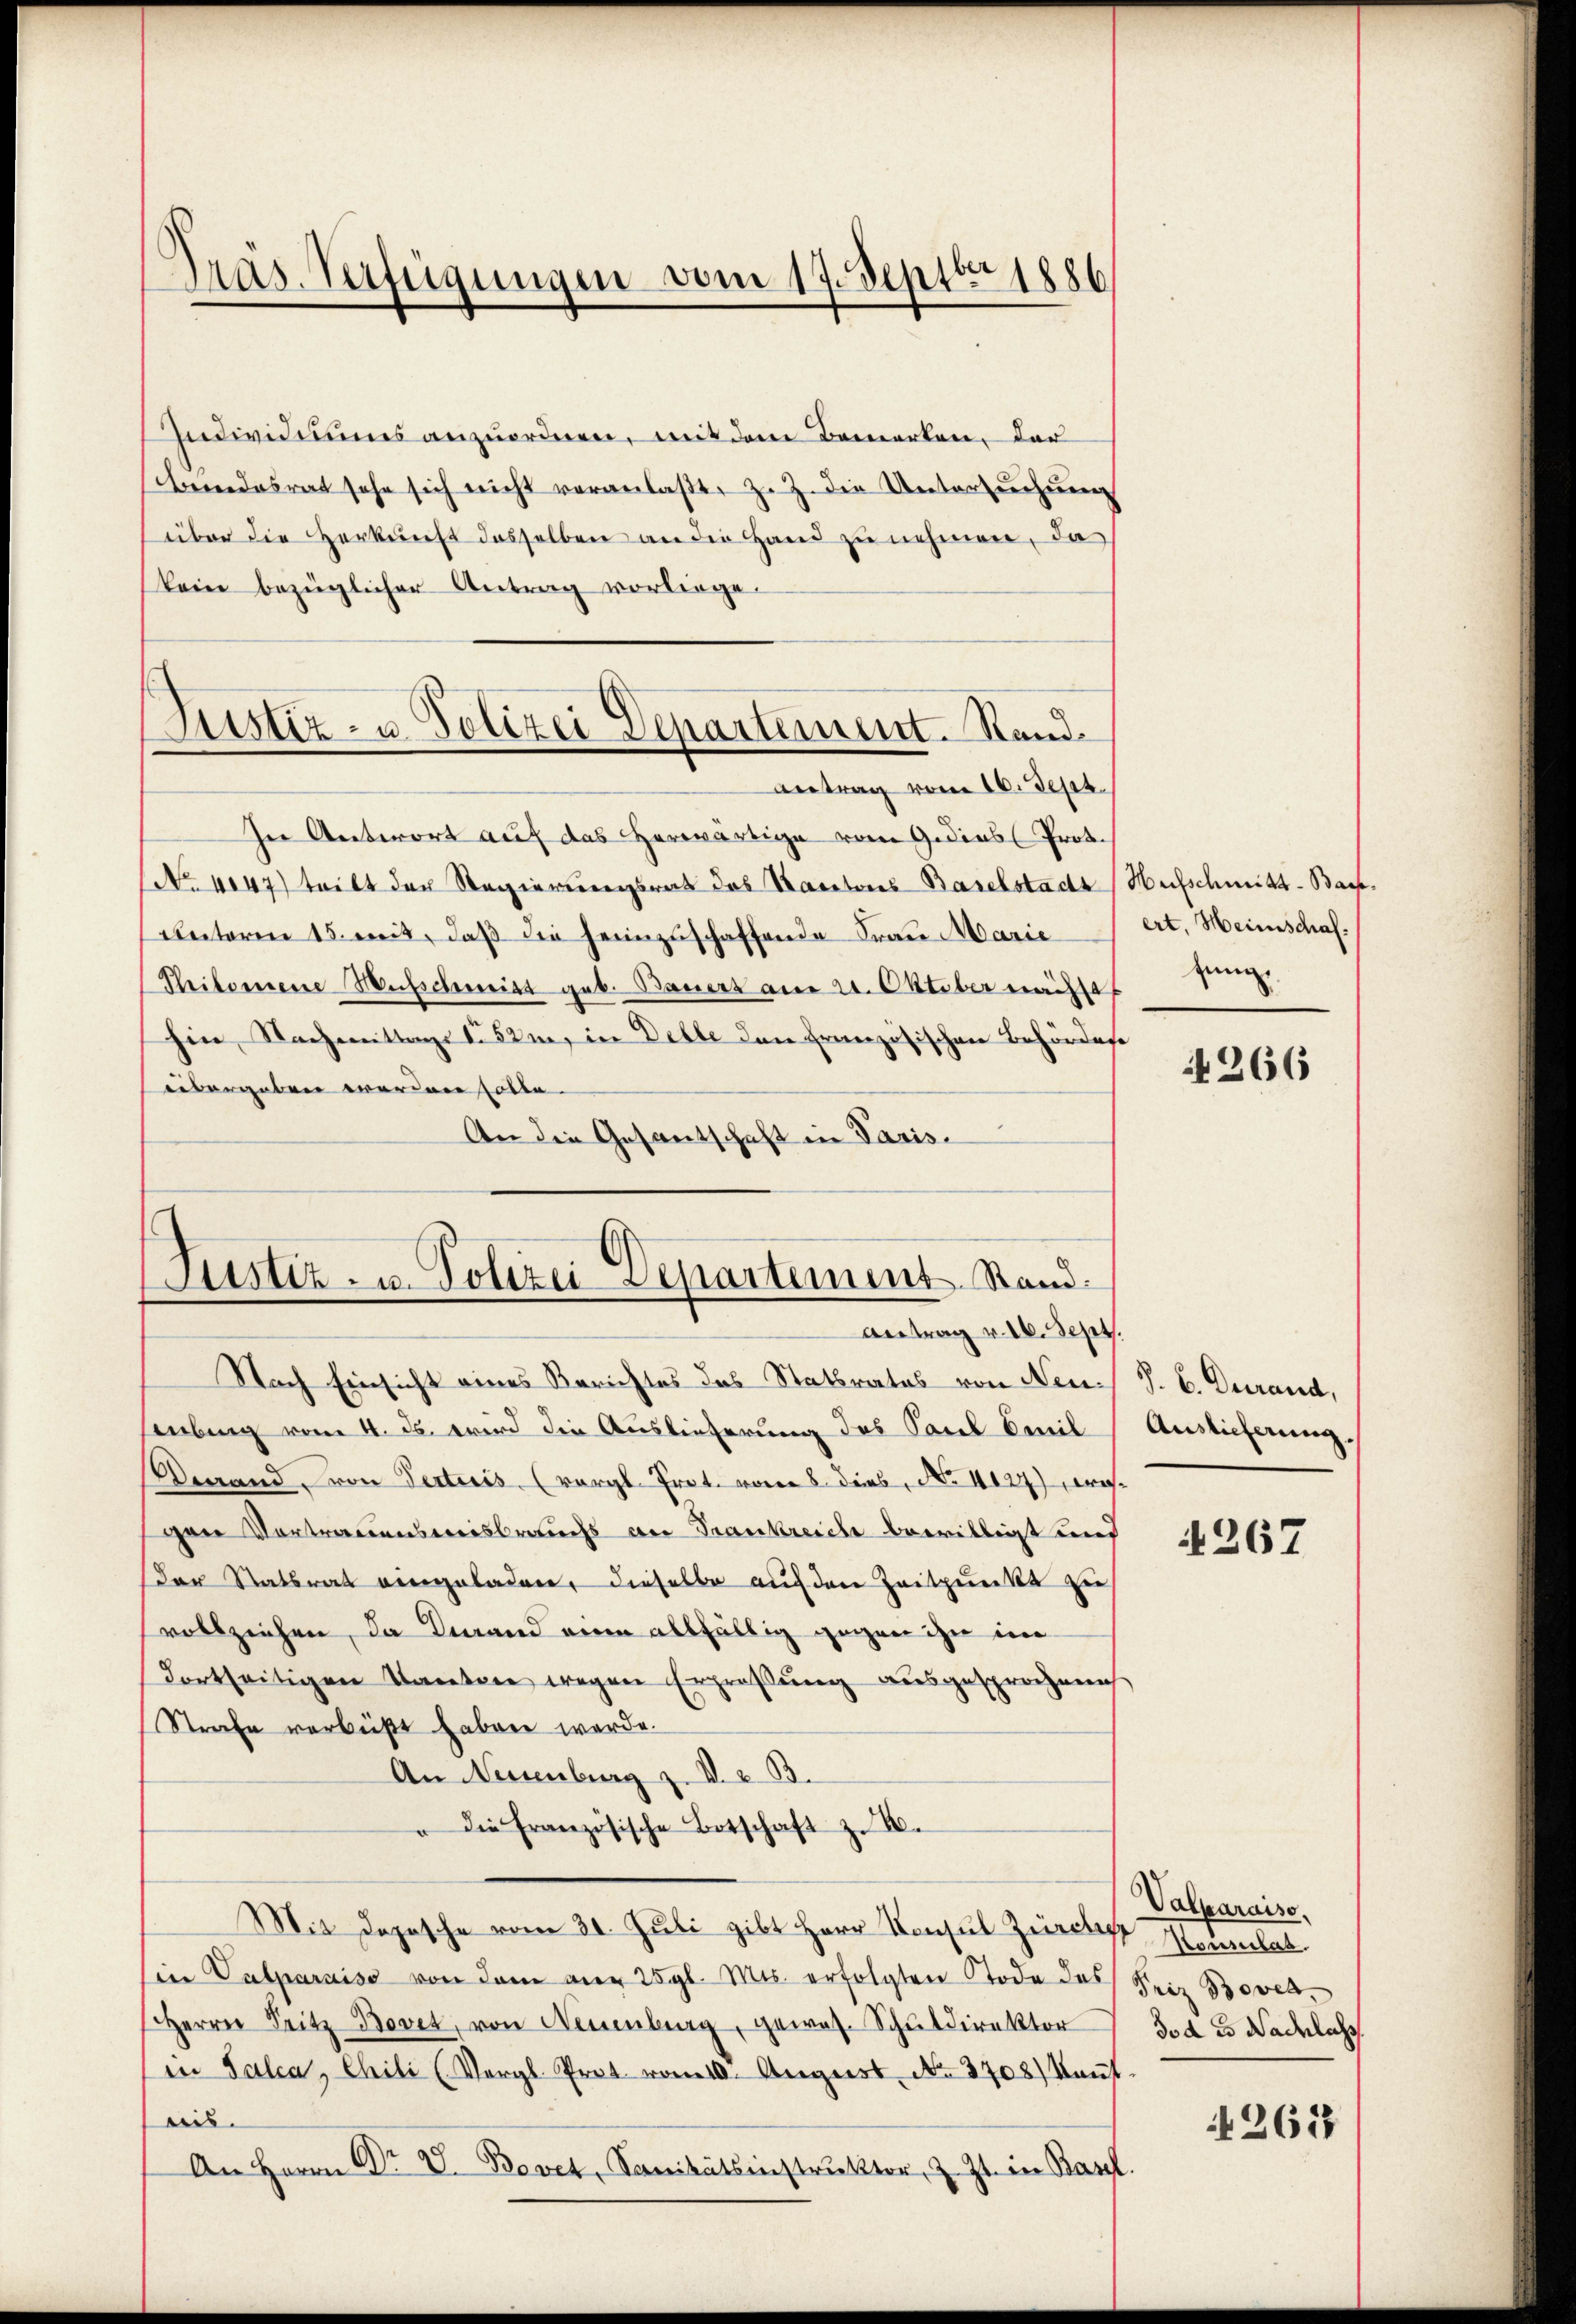
Präs. Verfügungen vom 17. Septbr 1886

Individuums anzuordnen, mit dem Bemerken, der
schendesrat sehe sich nicht veranlaßt, z. Z. die Untersuchung
über die Herkunft desselben an die Hand zu nehmen, da
kein bezüglicher Antrag vorliege.
Antrag vom 16. Sept.
In Antwort auf das herwärtige vom Gedies Prot.
No 1047) teilt der Regierungsrat das Kartons Baselstadt (Hufschmitt-Bachunterm 15. mit, daß die heimzuschaffende Frau Marie
Philomene Weisschritt geb. Bauert am 21. Oktober nächst
hin, Nachmittage No 52m, in Dette den Französischen Behördere
übergeben werden solle.
An die Gesantschaft in Paris.
Nach Einsicht eines Berichtes das Statbrates von Neu-
Labung vom 4. ds. wird die Auslieferung des Carl Cenil
Denrand, von Verteis (vergl. Prot. vom 8. dies, No. 4127), wesgen Vortrauensmisbrauchs an Trankreiche bewilligt und
Der Statsrat eingeladen, dieselbe auf den Zeitpunkt zu
vollziehen, da demand einen allfällig gegen ihn im
(Fortseitigen Kantone wegen Erpraßung ausgesprochen
Strafe verbüßt haben werde.
An Neuenburg z. B. z. B.
" die Französische Botschaft z. B.
Mit Depesche vom 30. Juli gibt Herr Konsul Zürche Neumat
sein Valparaiss von dem aner 25 gl. Mts. erfolgten Tode das Seiz Bovea,
Herrn Seitz Bovet, von Neuenburg, gewas- Schuldirektor
in Falca, Chili (Vergl. Prot. vom 10. August No. 3708) kant.
bis.
An Herrn Dr E. Bovet, Sanitätsinstruktor, z. Zt. in Basel

Justiz- u. Polizei Departement. Stand.

Justiz- u. Polizei Departement Stand.
Antrag v. 26. Sept.

ert, Heinschaf
zung

266

J. C. Durand,
Auslieferung.

4267

Valparaiso
Jod es Nachlass
263